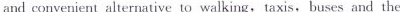
and convenient alternative to walking, taxis, buses and the